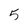
Character: 5